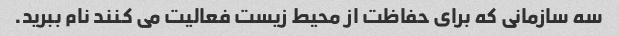
سه سازمانی که برای حفاظت از محیط زیست فعالیت می کنند نام ببرید.